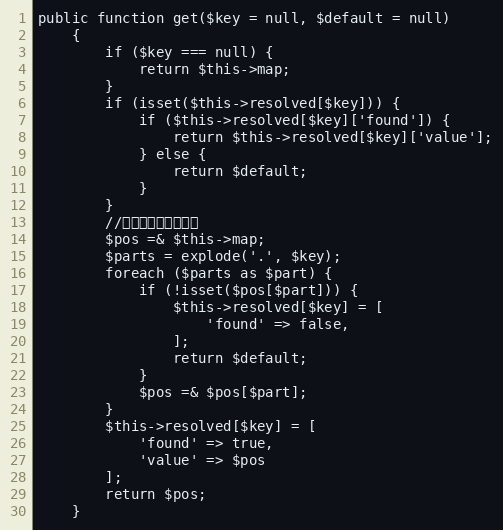
Language: PHP
public function get($key = null, $default = null)
    {
        if ($key === null) {
            return $this->map;
        }
        if (isset($this->resolved[$key])) {
            if ($this->resolved[$key]['found']) {
                return $this->resolved[$key]['value'];
            } else {
                return $default;
            }
        }
        //引用可减少内存使用
        $pos =& $this->map;
        $parts = explode('.', $key);
        foreach ($parts as $part) {
            if (!isset($pos[$part])) {
                $this->resolved[$key] = [
                    'found' => false,
                ];
                return $default;
            }
            $pos =& $pos[$part];
        }
        $this->resolved[$key] = [
            'found' => true,
            'value' => $pos
        ];
        return $pos;
    }